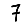
Digit: 7